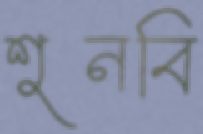
শুনবি